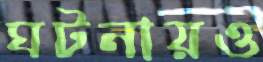
ঘটনায়ও